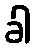
ခါ